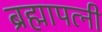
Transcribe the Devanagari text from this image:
ब्रह्मापत्नी